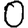
Digit: 0